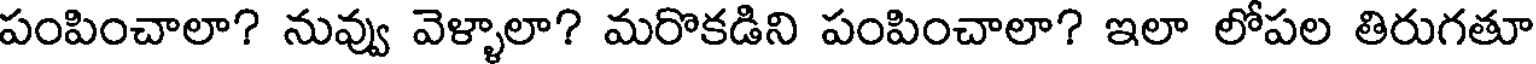
పంపించాలా? నువ్వు వెళ్ళాలా? మరొకడిని పంపించాలా? ఇలా లోపల తిరుగతూ